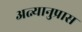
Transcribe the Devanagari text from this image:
अत्न्यानुप्रास